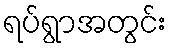
ရပ်ရွာအတွင်း